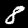
Digit: 8